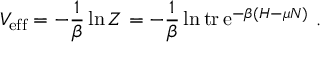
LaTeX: V _ { \mathrm { e f f } } = - \frac { 1 } { \beta } \ln Z = - \frac { 1 } { \beta } \ln \mathrm { t r } \, \mathrm { e } ^ { - \beta ( H - \mu N ) } \ .